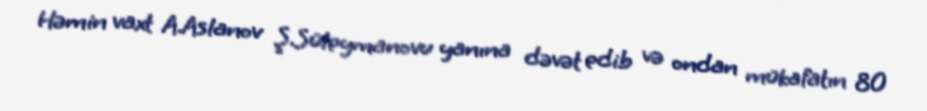
Həmin vaxt A.Aslanov Ş.Süleymanovu yanına dəvət edib və ondan mükafatın 80